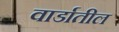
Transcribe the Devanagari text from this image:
वार्डातील